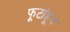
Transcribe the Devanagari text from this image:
फूटांहून